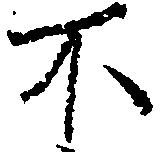
不